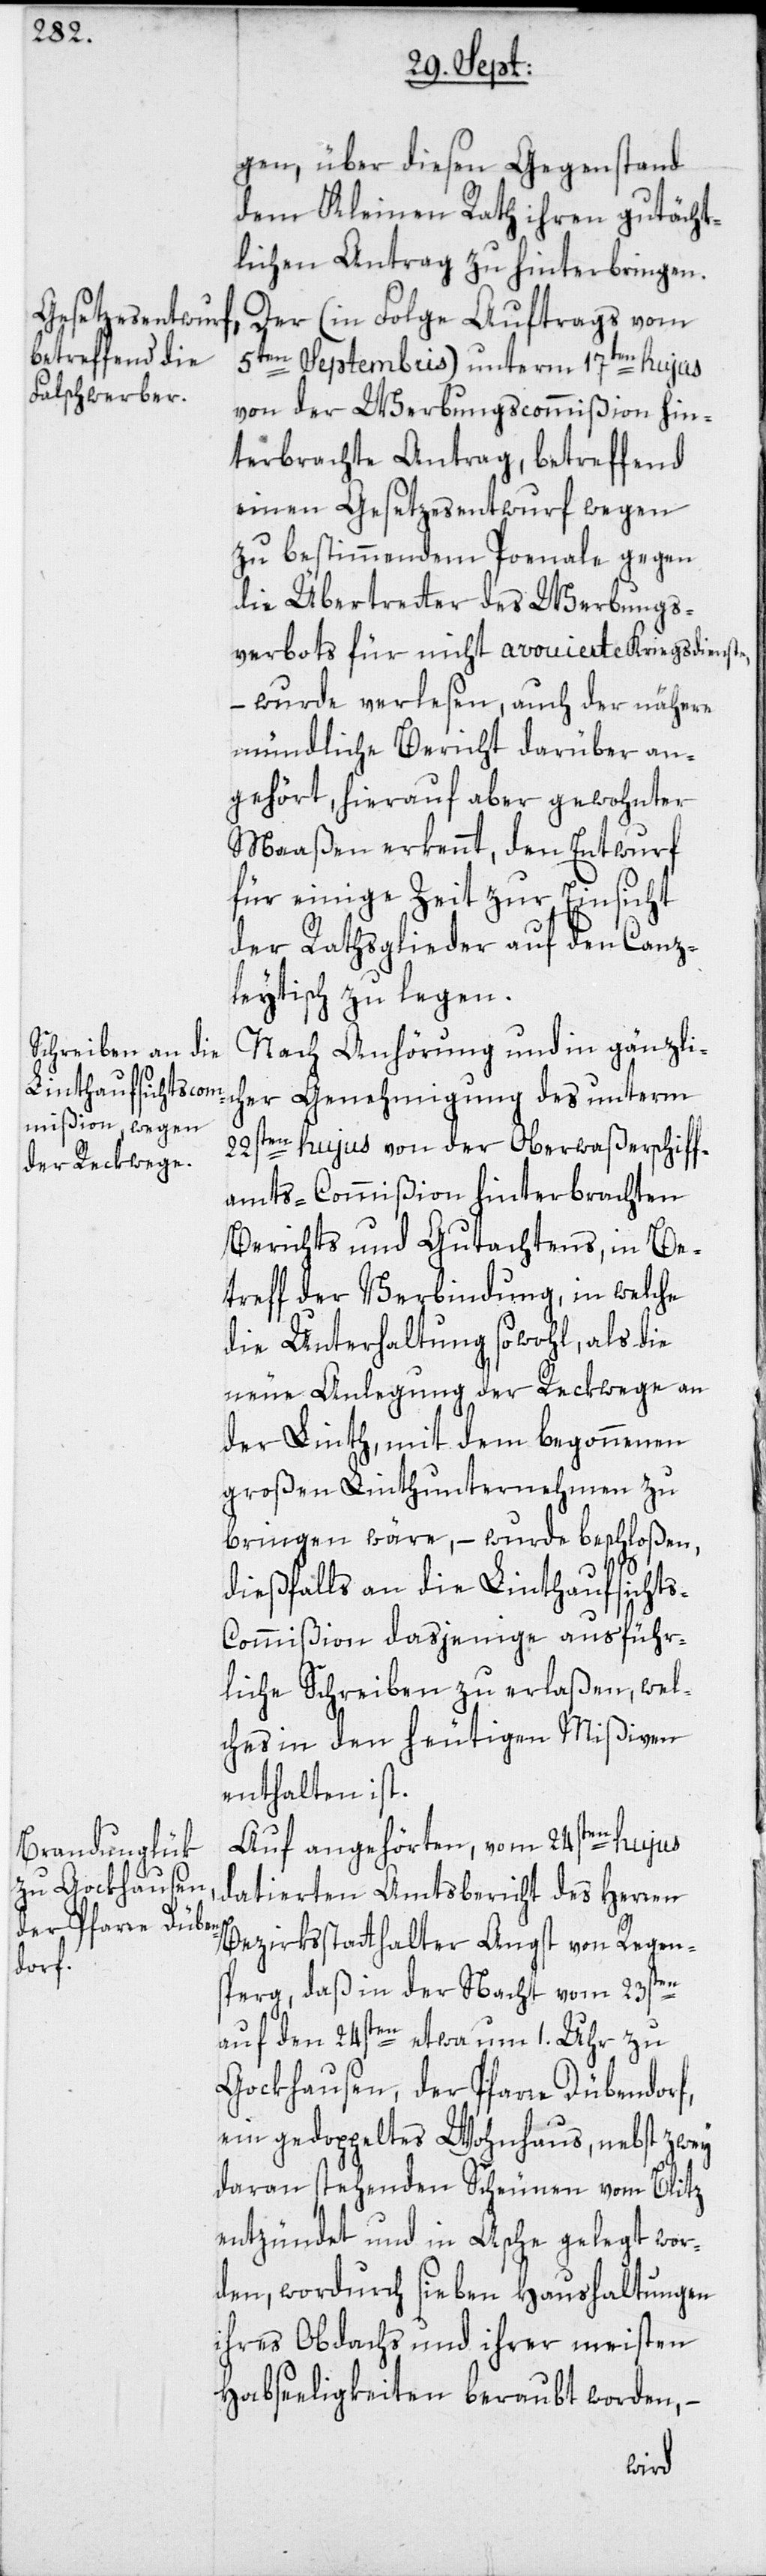
gen, über diesen Gegenstand
dem Kleinen Rath ihren gutächt¬
lichen Antrag zu hinterbringen.
Der (in Folge Auftrags vom
5ten Septembris) unterm 17ten hujus
von der Werbungscommißion hin¬
terbrachte Antrag, betreffend
einen Gesetzesentwurf wegen
zu bestimmendem Poenale gegen
die Übertretter des Werbungs¬
verbots für nicht avouierte Kriegsdienste,
– wurde verlesen, auch der nähere
mündliche Bericht darüber an¬
gehört, hierauf aber gewohnter
Maaßen erkennt, den Entwurf
für einige Zeit zur Einsicht
der Rathsglieder auf den Canz¬
leytisch zu legen.
Nach Anhörung und in gänzlic¬
her Genehmigung des unterm
22sten hujus von der Oberwaßerschiff¬
amts-Commißion hinterbrachten
Berichts und Gutachtens, in Be¬
treff der Verbindung, in welche
die Unterhaltung sowohl, als die
neue Anlegung der Reckwege an
der Linth, mit dem begonnenen
großen Linthunternehmen zu
bringen wäre, – wurde beschloßen,
dießfalls an die Linthaufsicht¬
s-Commißion dasjenige ausführ¬
liche Schreiben zu erlaßen, wel¬
ches in den heutigen Mißiven
enthalten ist.
Auf angehörten, vom 24sten hujus
datierten Amtsbericht des Herren
Bezirksstatthalter Angst von Regens¬
perg, daß in der Nacht vom 23sten
auf den 24sten etwa um 1. Uhr zu
Gockhausen, der Pfarre Dübendorf,
ein gedoppeltes Wohnhaus, nebst zwey
daran stehenden Scheunen vom Blitz
entzündet und in Asche gelegt wor¬
den, wordurch sieben Haushaltungen
ihres Obdachs und ihrer meisten
Habseeligkeiten beraubt worden, –